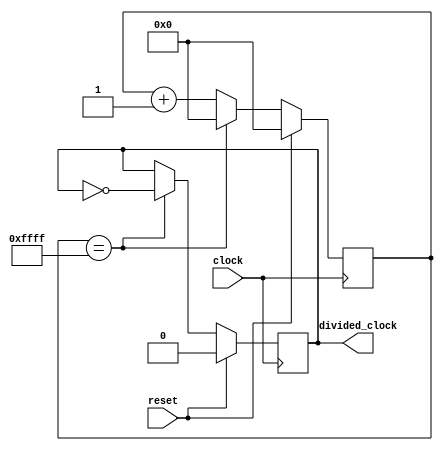
module clock_divider (
  input wire clock,
  input wire reset,
  output reg divided_clock
);

reg [15:0] count;

always @(posedge clock) begin
  if (reset) begin
    count <= 16'h0000;
    divided_clock <= 1'b0;
  end else begin
    if (count == 16'd65535) begin
      count <= 16'h0000;
      divided_clock <= ~divided_clock;
    end else begin
      count <= count + 1;
    end
  end
end

endmodule